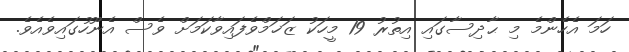
ހަމަ އެހެންމެ މި ޙާދިސާގައި އިތުރު 19 މީހަކު ޒަޚަމްވެފައިވާކަމަށް ވެސް އެނޫހުގައިވެއެވެ.